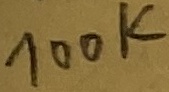
Text: 100K